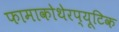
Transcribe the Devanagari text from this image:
फामाकोथेरप्यूटिक